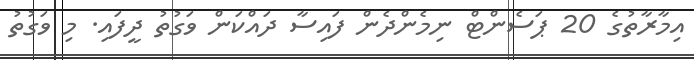
އިމާރާތުގެ 20 ޕަސެންޓް ނިމެންދެން ފައިސާ ދައްކަން ވަގުތު ދީފައި. މި ވަގުތު